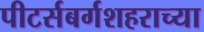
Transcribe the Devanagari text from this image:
पीटर्सबर्गशहराच्या